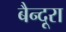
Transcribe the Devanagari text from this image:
बैन्दूरा